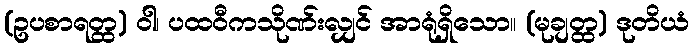
(ဥပစာရတ္ထ) ဝါ၊ ပထဝီကသိုဏ်းလျှင် အာရုံရှိသော။ (မုချတ္ထ) ဒုတိယံ